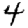
Digit: 4